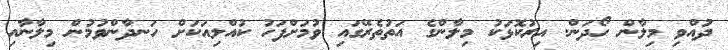
ދުއްވި މިލާން ހޯދަން. އިރުކޮޅަކު މިލާންގެ އަތުތެރޭގައި ވުމަށްފަހު ކުއްލިއަކަށް ހަނދާންވުމުން މިލާނާއި